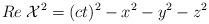
LaTeX: \begin{align*}Re \; {\cal X}^{2} = (ct)^{2} - x^{2} - y^{2} - z^{2}\end{align*}